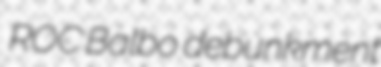
ROC Balbo debunkment